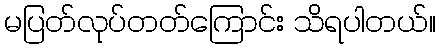
မပြတ်လုပ်တတ်ကြောင်း သိရပါတယ်။